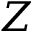
Z